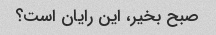
صبح بخیر، این رایان است؟